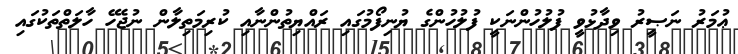
ޢުމަރު ނަޞީރު ވިދާޅުވީ ފުލުހުންނަކީ ފުލުހުންގެ ޔުނިފޯމުގައި ރައްޔިތުންނާއި ކުރިމަތިލާން ނުޖެހޭ ހާލަތްތަކުގައި